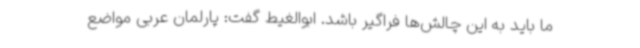
ما باید به این چالش‌ها فراگیر باشد. ابوالغیط گفت: پارلمان عربی مواضع